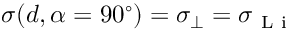
\sigma ( d , \alpha = 9 0 ^ { \circ } ) = \sigma _ { \perp } = \sigma _ { \mathrm { ~ L ~ i ~ } }